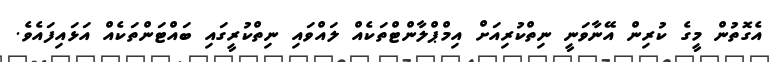
އެގޮތުން މީގެ ކުރިން އޭނާވަނީ ނިތްކުރިއަށް އިމްޕްލާންޓްތަކެއް ލައްވައި ނިތްކުރީގައި ބައްޓަންތަކެއް އަޅައިފައެވެ.